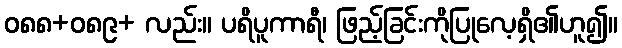
ဝ၈၈+၀၈၉+ လည်း။ ပရိပူကာရီ၊ ဖြည့်ခြင်းကိုပြုလေ့ရှိ၏ဟူ၍။